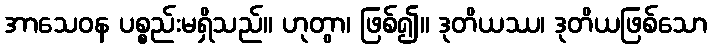
အာသေဝန ပစ္စည်းမရှိသည်။ ဟုတွာ၊ ဖြစ်၍။ ဒုတိယဿ၊ ဒုတိယဖြစ်သော